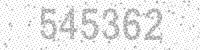
Solution: 545362